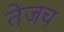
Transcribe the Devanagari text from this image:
तेजच